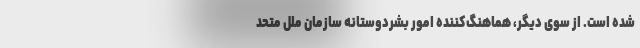
شده است. از سوی دیگر، هماهنگ‌کننده امور بشردوستانه سازمان ملل متحد